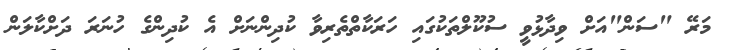
މަރޭ "ސަން"އަށް ވިދާޅުވީ ސުކޫލްތަކުގައި ހަރަކާތްތެރިވާ ކުދިންނަށް އެ ކުދިންގެ ހުނަރަ ދަށްކާލަން